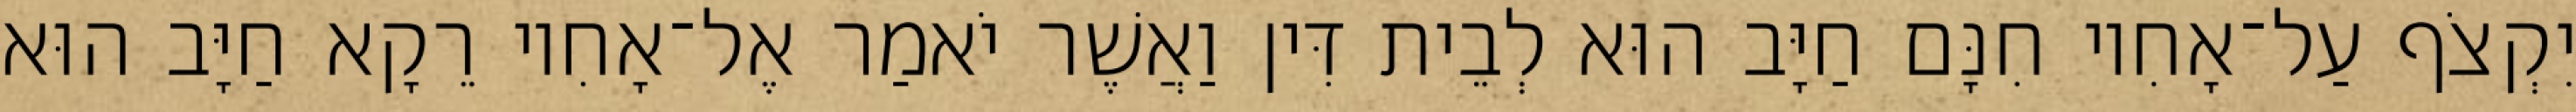
יִקְצֹף עַל־אָחִיו חִנָּם חַיָּב הוּא לְבֵית דִּין וַאֲשֶׁר יֹאמַר אֶל־אָחִיו רֵקָא חַיָּב הוּא